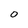
Character: 0